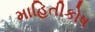
માહિતીકોષ